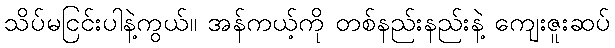
သိပ်မငြင်းပါနဲ့ကွယ်။ အန်ကယ့်ကို တစ်နည်းနည်းနဲ့ ကျေးဇူးဆပ်